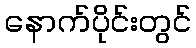
နောက်ပိုင်းတွင်